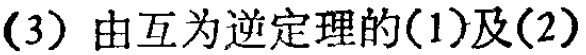
(3) 由互为逆定理的(1)及(2)